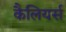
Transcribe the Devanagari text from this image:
कैलियर्स